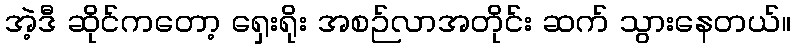
အဲ့ဒီ ဆိုင်ကတော့ ရှေးရိုး အစဉ်လာအတိုင်း ဆက် သွားနေတယ်။